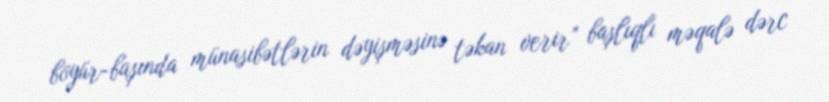
böyür-başında münasibətlərin dəyişməsinə təkan verir” başlıqlı məqalə dərc